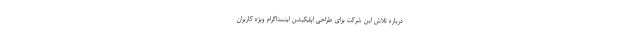
درباره تلاش این شرکت برای طراحی اپلیکیشن اینستاگرام ویژه کاربران